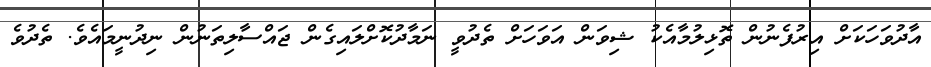
އާދުވަހަކަށް އިރުފެނުން ތޮޅިލުމާއެކު ޝިވަން އަވަހަށް ތެދުވީ ނަމާދުކޮށްލައިގެން ޖައްސާލިތަނުން ނިދުނީމައެވެ. ތެދުވެ